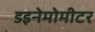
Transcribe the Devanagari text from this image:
डइनेमोमीटर